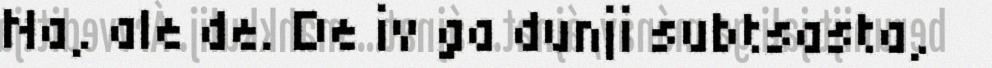
Na, ale de. De iv ga dunji subtsasta,